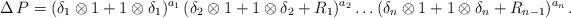
LaTeX: \begin{align*}\Delta \, P = (\delta_1 \otimes 1 + 1 \otimes \delta_1)^{a_1} \, (\delta_2 \otimes 1 + 1 \otimes \delta_2 + R_1)^{a_2} \ldots (\delta_n \otimes 1 + 1 \otimes \delta_n + R_{n-1})^{a_n} \, .\end{align*}